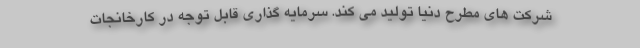
شركت های مطرح دنیا تولید می کند. سرمایه گذاری قابل توجه در کارخانجات